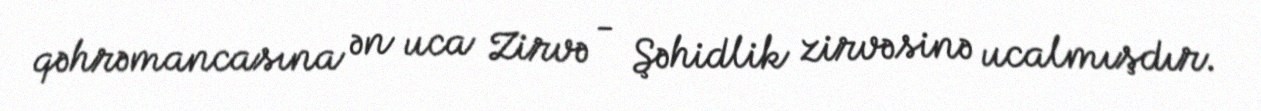
qəhrəmancasına ən uca Zirvə - Şəhidlik zirvəsinə ucalmışdır.